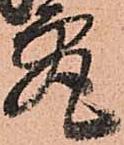
究